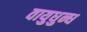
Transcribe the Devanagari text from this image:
वायुधुन्ध